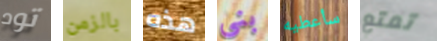
تود بالزمن هذه بنى سأعطيه تمتع